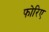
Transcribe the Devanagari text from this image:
फोरिए